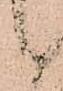
候